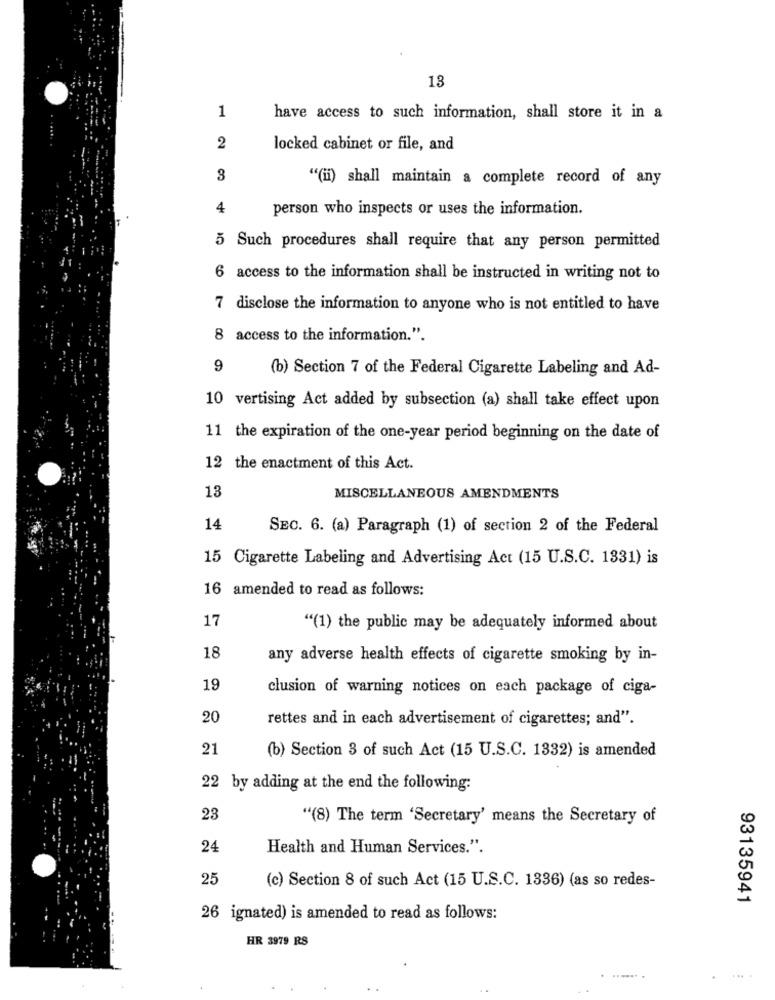
13
1
have access to such information, shall store it in a
2
locked cabinet or file, and
3
"(ii) shall maintain a complete record of any
4
person who inspects or uses the information.
5 Such procedures shall require that any person permitted
6 access to the information shall be instructed in writing not to
7 disclose the information to anyone who is not entitled to have
8 access to the information.".
9
(b) Section 7 of the Federal Cigarette Labeling and Ad-
10 vertising Act added by subsection (a) shall take effect upon
11 the expiration of the one-year period beginning on the date of
12 the enactment of this Act.
13
MISCELLANEOUS AMENDMENTS
14
SEC. 6. (a) Paragraph (1) of section 2 of the Federal
15 Cigarette Labeling and Advertising Act (15 U.S.C. 1331) is
16 amended to read as follows:
17
"(1) the public may be adequately informed about
18
any adverse health effects of cigarette smoking by in-
19
clusion of warning notices on each package of ciga-
20
rettes and in each advertisement of cigarettes; and".
21
(b) Section 3 of such Act (15 U.S.C. 1332) is amended
22 by adding at the end the following:
23
"(8) The term 'Secretary' means the Secretary of
24
Health and Human Services.".
25
(c) Section 8 of such Act (15 U.S.C. 1336) (as so redes-
93135941
26 ignated) is amended to read as follows:
HR 3979 RS
... .